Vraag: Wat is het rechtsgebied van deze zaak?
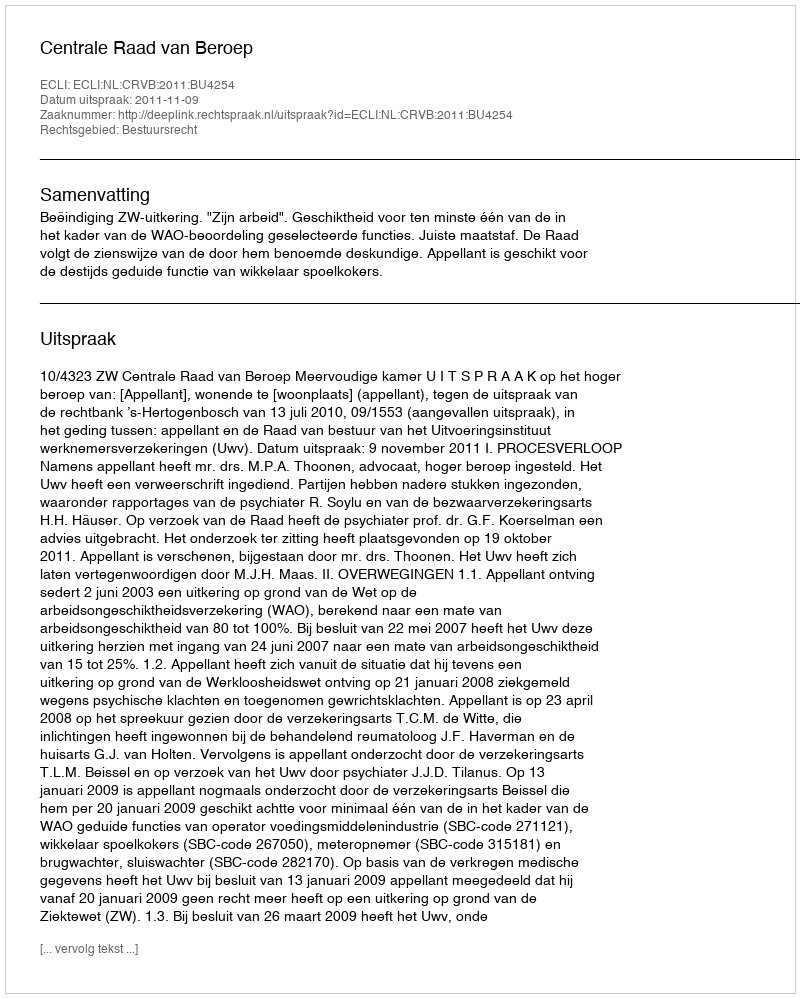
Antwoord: Bestuursrecht